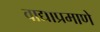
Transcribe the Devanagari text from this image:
वाद्याप्रमाणे